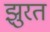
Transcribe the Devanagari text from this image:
झुरत